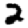
Digit: 2